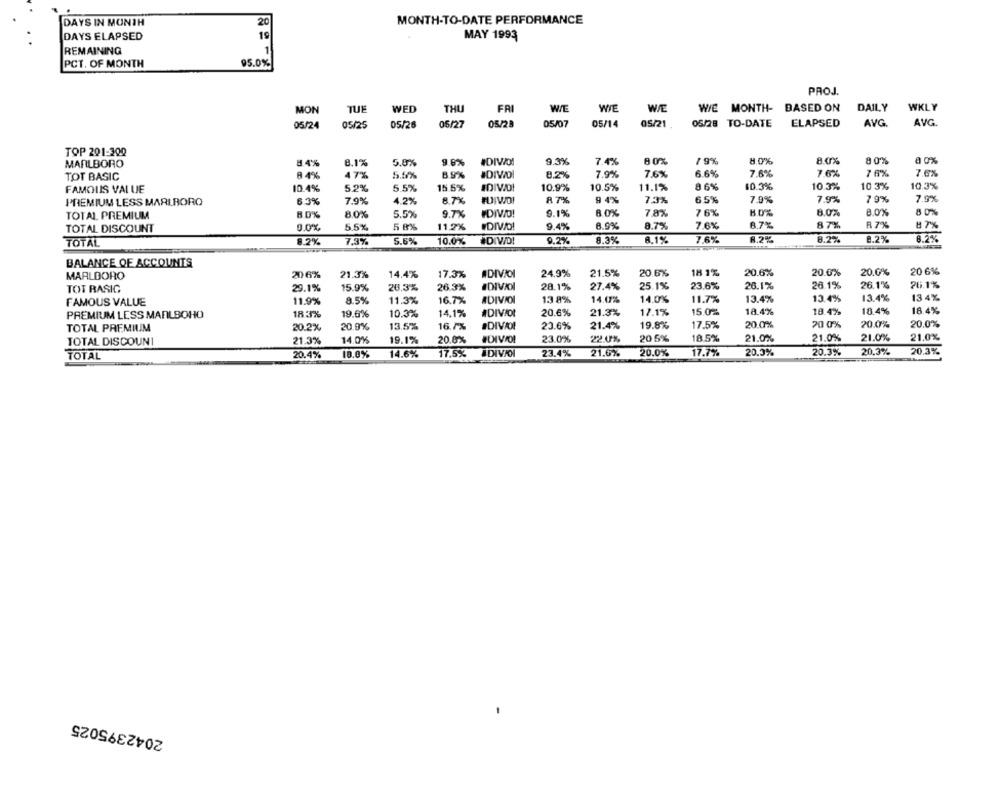
DAYS IN MONTH
20
MONTH-TO-DATE PERFORMANCE
DAYS ELAPSED
19
MAY 1993
REMAINING
1
PCT. OF MONTH
95.0%
PROJ.
MON
TUE
WED
THU
FRI
WE
WIE
WE
WIE MONTH- BASED ON
DAILY
WKLY
05/24
05/25
05/26
06/27
05/28
05/07
05/14
05/21
05/28 TO-DATE
ELAPSED
AVG.
AVG
TOP 201-300
MARLBORO
84%
8.1%
5.0%
9.6%
#DIVO!
9.3%
7.4%
80%
7 9%
8.0%
8.0%
8 0%
8 0%
8 4%
47%
5.5%
89%
#DIVOI
8.2%
7.9%
7.6%
6.6%
7.6%
7.6%
7 6%
7.6%
TOT BASIC
FAMOUS VALUE
10.4%
5,2%
5.5%
15 5%
10.9%
10.5%
11.1%
8 6%
10.3%
10.3%
10 3%
10.3%
87%
65%
7.9%
7 9%
7.9%
PREMIUM LESS MARLBORO
6.3%
7.9%
4.2%
8.7%
94%
7.3%
7.9%
TOTAL PREMIUM
80%
5.5%
9.7X
IDIVO!
9.1%
80%
7,8%
76%
80%
8.0%
8.0%
8 0%
TOTAL DISCOUNT
9.0%
5.5%
5 9%
11.2%
DIVO!
9.4%
8.9%
8.7%
7.6%
8,7%
87%
R 7%
87%
TOTAL
8.2%
7.3%
5.6%
10.0%
#DIVID!
9.2%
8.3%
8.1%
7.6%
8.2%
8.2%
8.2%
8.25
BALANCE OF ACCOUNTS
MARLBORO
20 6%
21.3%
14.4%
17.3%
#DIVOI
24.9%
21.5%
20.6%
18 1%
20.6%
20.0%
20.0%
20 6%
28.1%
27.4%
25.1%
23.6%
26.1%
26.1%
26.1%
26.1%
TOT RASIG
29.1%
15.9%
26,3%
26.3%
#DIVIDI
FAMOUS VALUE
11.9%
8.5%
11.3%
16.7%
ADIVIOI
13 8%
14.0%
14.0%
11.7%
13.4%
13.4%
13.4%
13 4%
PREMIUM LESS MANLSOHO
183%
19.6%
10.3%
14.1%
#DIVIDI
20.6%
21.3%
17.1%
15.0%
18.4%
19.4%
18.4%
18.4%
#DIVIOL
21.4%
19.8%
17.5%
20.0%
20 0%
20.0%
20.0%
TOTAL PREMIUM
20.2%
20.0%
13.5%
16.7%
23.6%
21.3%
14.0%
19.1%
20.0%
23.0%
22.0%
20 5%
18.5%
21.0%
21.0%
21.0%
21.0%
TOTAL DISCOUNT
TOTAL
20.4%
18.0%
14.6%
17.5%
#DIVIOI
23.4%
21.6%
20.0%
17.7%
20.0%
20.3%
20.3%
20.3%
2042395025